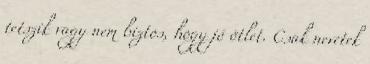
tetszik vagy nem biztos, hogy jó ötlet. Csak nevetek